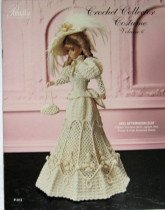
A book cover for Crochet Collector Costume (1895 Afternoon Suit, Vol. 6); Paradise Pub. staff; Crafts, Hobbies & Home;